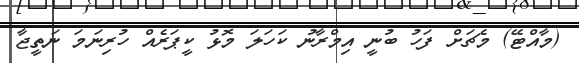
(މާއްޓޭ) މެޗަށް ފަހު ބުނީ އިމްރާނު ކަހަލަ މޮޅު ކީޕަރެއް ހުރިނަމަ ނަތީޖާ